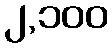
၂,၁၀၀